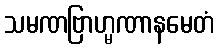
သမဏဗြာဟ္မဏာနမေတံ